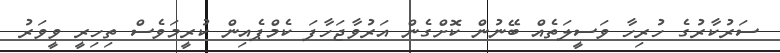
ސަރުކާރުގެ ހުރިހާ ވަސީލަތެއް ބޭނުން ކޮށްގެން އަރުވާޖަހާފަ ކެމްޕެއިން ކުރީމަވެސް ތިހިރީ ވީވަރު